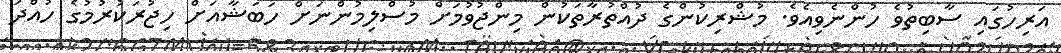
އަރިހުގައި ސާބިތުވެ ހުންނެވިއެވެ. މުޝްރިކުންގެ ދުއްތުރާތަކުން މިންޖުވުމަށް މުސްލިމުންނަށް ހަބަޝާއަށް ހިޖުރަކުރުމުގެ ހުއްދަ